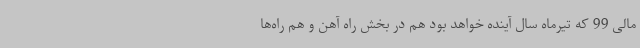
مالی 99 که تیرماه سال آینده خواهد بود هم در بخش راه آهن و هم راه‌ها